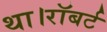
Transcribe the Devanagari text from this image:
था।रॉबर्ट